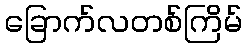
ခြောက်လတစ်ကြိမ်